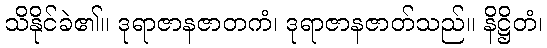
သိနိုင်ခဲ၏။ ဒုရာဇာနဇာတကံ၊ ဒုရာဇာနဇာတ်သည်။ နိဋ္ဌိတံ၊